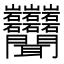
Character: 𬚩